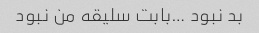
بد نبود …بابت سلیقه من نبود